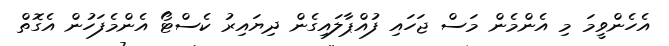
އެހެންވީމަ މި އެންމެން މަސް ޖަހައި ފުއްޕާލައިގެން ދިޔައިރު ކެސްޓޯ އެންމެފަހުން އެގޮތް